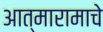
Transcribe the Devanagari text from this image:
आत्मारामाचे